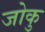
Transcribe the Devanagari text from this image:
जोकु